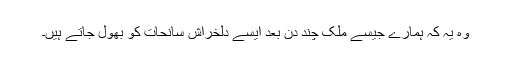
وہ یہ کہ ہمارے جیسے ملک چند دن بعد ایسے دلخراش سانحات کو بھول جاتے ہیں۔